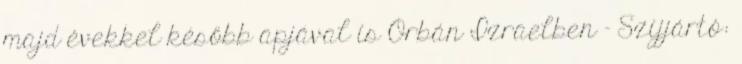
majd évekkel később apjával is Orbán Izraelben – Szijjártó: